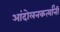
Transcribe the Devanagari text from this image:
आंदोलनकर्त्यांनी